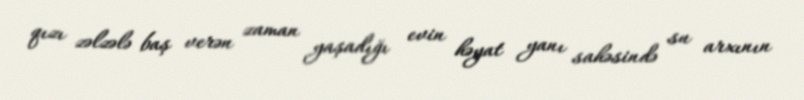
qızı zəlzələ baş verən zaman yaşadığı evin həyat yanı sahəsində su arxının